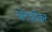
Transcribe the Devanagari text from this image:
घोटवडेकर